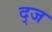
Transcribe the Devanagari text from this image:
द्ज